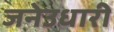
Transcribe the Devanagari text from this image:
जनेउधारी